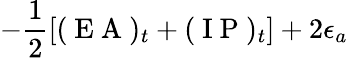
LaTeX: -\frac{1}{2}[(\mathrm{~E~A~})_{t}+(\mathrm{~I~P~})_{t}]+2\epsilon_{a}